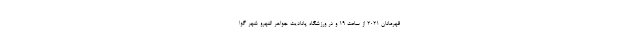
قهرمانان ۲۰۲۱ از ساعت ۱۹ و در ورزشگاه پانادیت جواهر النهرو شهر گوا